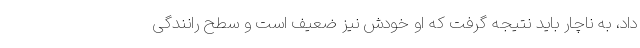
داد، به ناچار باید نتیجه گرفت که او خودش نیز ضعیف است و سطح رانندگی